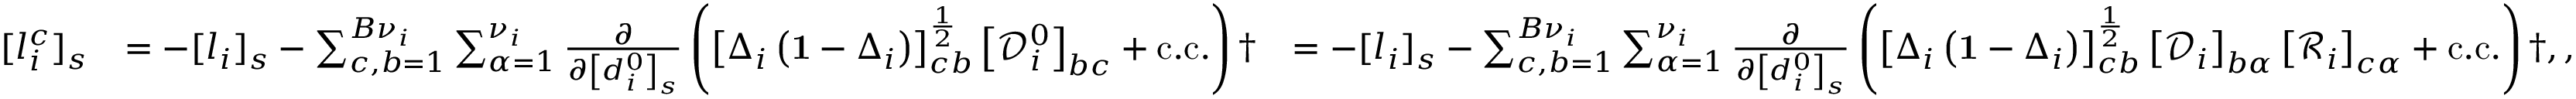
\begin{array} { r l r } { [ l _ { i } ^ { c } ] _ { s } } & { = - [ l _ { i } ] _ { s } - \sum _ { c , b = 1 } ^ { B { \nu } _ { i } } \sum _ { \alpha = 1 } ^ { \nu _ { i } } \frac { \partial } { \partial \left[ d _ { i } ^ { 0 } \right] _ { s } } \left( \left[ \Delta _ { i } \left( \mathbf { 1 } - \Delta _ { i } \right) \right] _ { c b } ^ { \frac { 1 } { 2 } } \left[ \mathcal { D } _ { i } ^ { 0 } \right] _ { b c } + \mathrm { c . c . } \right) \dag } & { = - [ l _ { i } ] _ { s } - \sum _ { c , b = 1 } ^ { B { \nu } _ { i } } \sum _ { \alpha = 1 } ^ { \nu _ { i } } \frac { \partial } { \partial \left[ d _ { i } ^ { 0 } \right] _ { s } } \left( \left[ \Delta _ { i } \left( \mathbf { 1 } - \Delta _ { i } \right) \right] _ { c b } ^ { \frac { 1 } { 2 } } \left[ \mathcal { D } _ { i } \right] _ { b \alpha } \left[ \mathcal { R } _ { i } \right] _ { c \alpha } + \mathrm { c . c . } \right) \dag , , } \end{array}